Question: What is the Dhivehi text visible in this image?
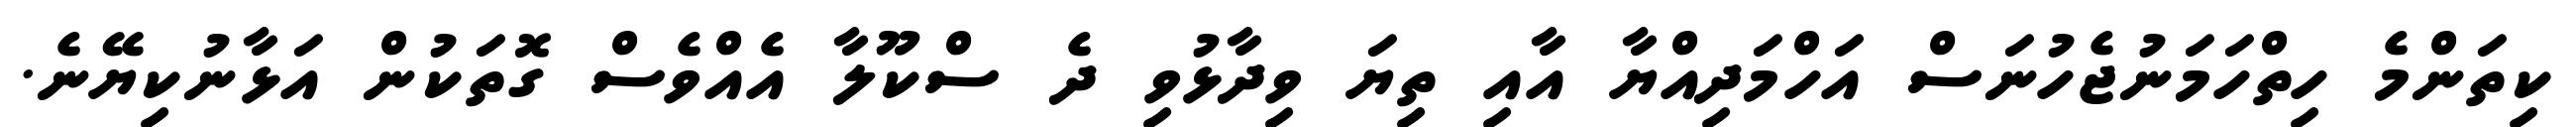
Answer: ކިތަންމެ ހިތްހަމަނުޖެހުނަސް އަހްމަދިއްޔާ އާއި ތިޔަ ވިދާޅުވި ދެ ސްކޫލާ އެއްވެސް ގޮތަކުން އަޅާނުކިޔޭނެ.